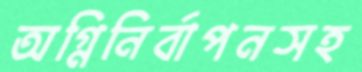
অগ্নিনির্বাপনসহ